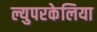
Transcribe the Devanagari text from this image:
ल्युपरकेलिया